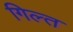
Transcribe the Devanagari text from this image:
गिल्त